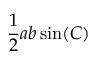
{ \frac { 1 } { 2 } } a b \sin ( C ) \,